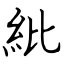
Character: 紕